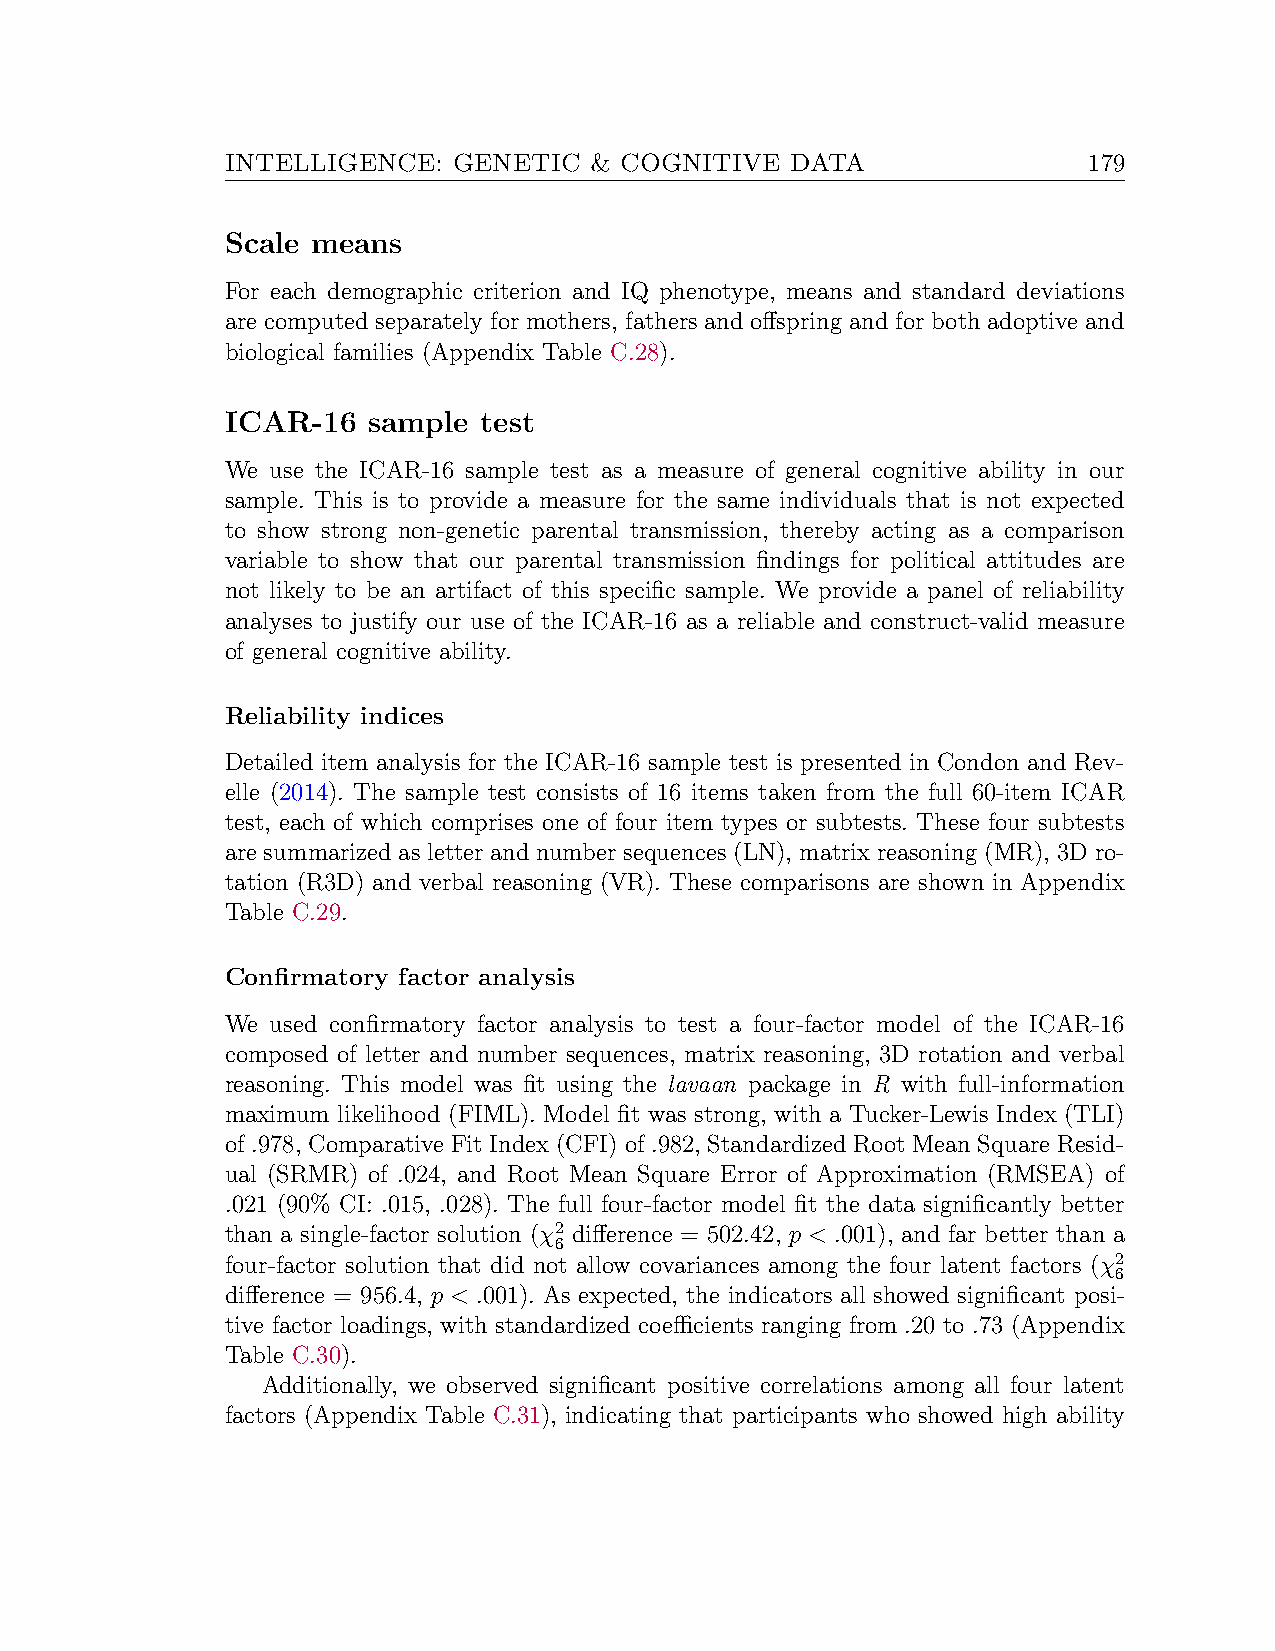
INTELLIGENCE:  GENETIC  & COGNITIVE  DATA                179
 Scale means
 For each demographic criterion and IQ phenotype, means and standard deviations
 are computed separately for mothers, fathers and offspring and for both adoptive and
 biological families (Appendix Table C.28).
 ICAR-16  sample  test
 We use the ICAR-16 sample test as a measure of general cognitive ability in our
 sample. This is to provide a measure for the same individuals that is not expected
 to show strong non-genetic parental transmission, thereby acting as a comparison
 variable to show that our parental transmission findings for political attitudes are
 not likely to be an artifact of this specific sample. We provide a panel of reliability
 analyses to justify our use of the ICAR-16 as a reliable and construct-valid measure
 of general cognitive ability.
 Reliability indices
 Detailed item analysis for the ICAR-16 sample test is presented in Condon and Rev-
 elle (2014). The sample test consists of 16 items taken from the full 60-item ICAR
 test, each of which comprises one of four item types or subtests. These four subtests
 are summarized as letter and number sequences (LN), matrix reasoning (MR), 3D ro-
 tation (R3D) and verbal reasoning (VR). These comparisons are shown in Appendix
 Table C.29.
 Confirmatory factor analysis
 We used confirmatory factor analysis to test a four-factor model of the ICAR-16
 composed of letter and number sequences, matrix reasoning, 3D rotation and verbal
 reasoning. This model was fit using the lavaan package in R with full-information
 maximum likelihood (FIML). Model fit was strong, with a Tucker-Lewis Index (TLI)
 of .978, Comparative Fit Index (CFI) of .982, Standardized Root Mean Square Resid-
 ual (SRMR) of .024, and Root Mean Square Error of Approximation (RMSEA) of
 .021 (90% CI: .015, .028). The full four-factor model fit the data significantly better
 than a single-factor solution (χ2 difference = 502.42, p < .001), and far better than a
 6
 four-factor solution that did not allow covariances among the four latent factors (χ2
 6
 difference = 956.4, p < .001). As expected, the indicators all showed significant posi-
 tive factor loadings, with standardized coefficients ranging from .20 to .73 (Appendix
 Table C.30).
 Additionally, we observed significant positive correlations among all four latent
 factors (Appendix Table C.31), indicating that participants who showed high ability